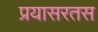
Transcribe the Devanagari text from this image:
प्रयासरतस